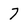
Character: 7